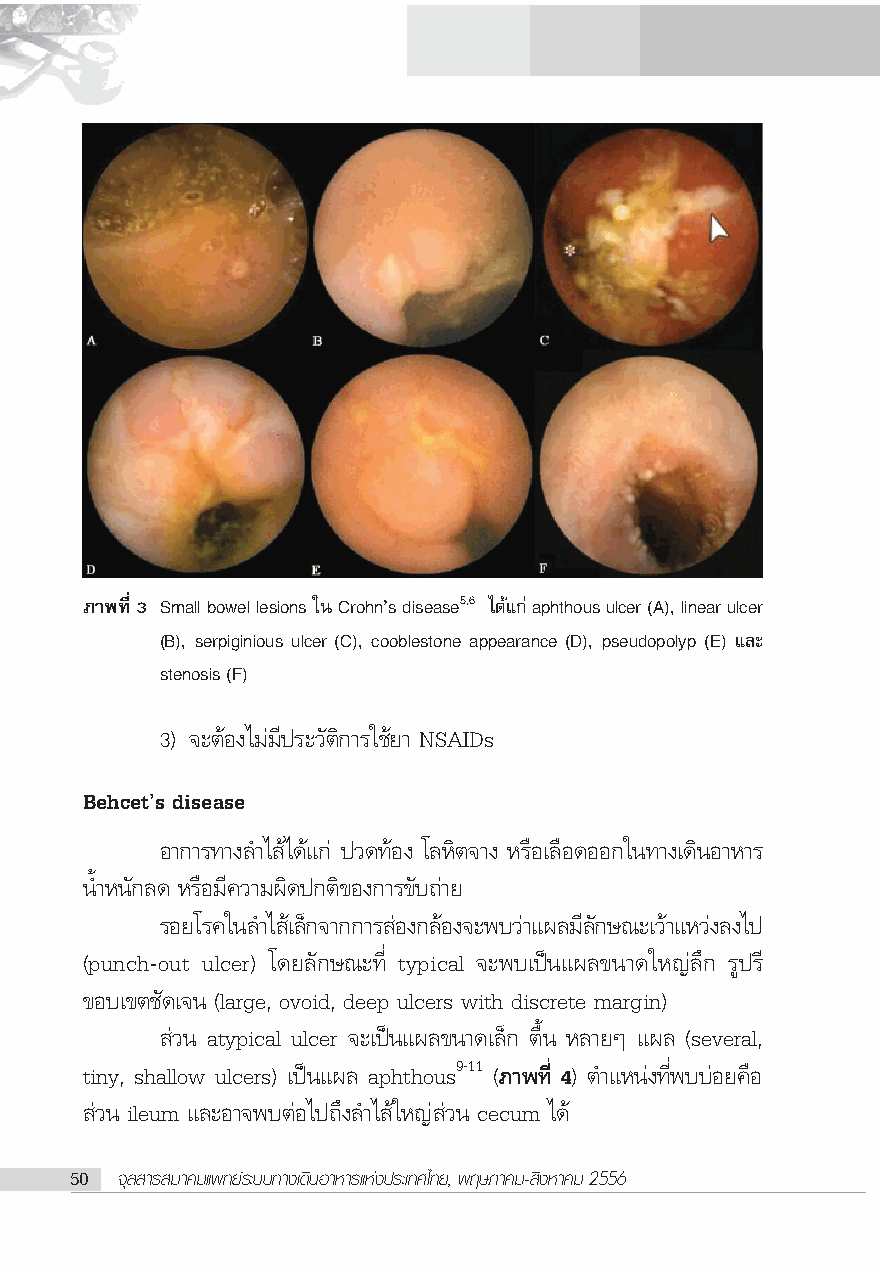
¿“æ∑’Ë 3 Small bowel lesions „π Crohnûs disease5,6 ‰¥â·°à aphthous ulcer (A), linear ulcer
 (B), serpiginious ulcer (C), cooblestone appearance (D), pseudopolyp (E) ·≈–
 stenosis (F)
 3) ®–μâÕß‰¡à¡’ª√–«—μ‘°“√„™â¬“ NSAIDs
 Behcetûs disease
 Õ“°“√∑“ß≈”‰ â‰¥â·°à ª«¥∑âÕß ‚≈À‘μ®“ß À√◊Õ‡≈◊Õ¥ÕÕ°„π∑“ß‡¥‘πÕ“À“√
 πÈ”Àπ—°≈¥ À√◊Õ¡’§«“¡º‘¥ª°μ‘¢Õß°“√¢—∫∂à“¬
 √Õ¬‚√§„π≈”‰ ‡â≈°Á ®“°°“√ Õà ß°≈Õâ ß®–æ∫«“à ·º≈¡≈’ °— …≥–‡«“â ·À«ßà ≈ß‰ª
 (punch-out ulcer) ‚¥¬≈—°…≥–∑’Ë typical ®–æ∫‡ªìπ·º≈¢π“¥„À≠à≈÷° √Ÿª√’
 ¢Õ∫‡¢μ™—¥‡®π (large, ovoid, deep ulcers with discrete margin)
 à«π atypical ulcer ®–‡ªìπ·º≈¢π“¥‡≈Á° μ◊Èπ À≈“¬Ê ·º≈ (several,
 tiny, shallow ulcers) ‡ªìπ·º≈ aphthous9-11 (¿“æ∑’Ë 4) μ”·Àπàß∑’Ëæ∫∫àÕ¬§◊Õ
 à«π ileum ·≈–Õ“®æ∫μàÕ‰ª∂÷ß≈”‰ â„À≠à à«π cecum ‰¥â
 50 ®ÿ≈ “√ ¡“§¡·æ∑¬å√–∫∫∑“ß‡¥‘πÕ“À“√·Ààßª√–‡∑»‰∑¬, æƒ…¿“§¡- ‘ßÀ“§¡ 2556